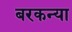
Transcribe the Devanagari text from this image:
बरकन्या